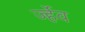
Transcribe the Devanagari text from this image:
र्ज्हेव